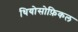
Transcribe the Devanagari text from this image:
थियोसोफ़िकल